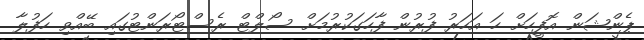
ޕެންޝަން އޮފީހަށް ހަ އަހަރު ފުރުން ފާހަގަކުރުމަށް ސޯލްޓް ރެސްޓޯރަންޓުގައި ބޭއްވި ހަފުލާ